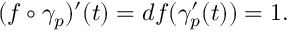
\begin{array} { r } { ( f \circ \gamma _ { p } ) ^ { \prime } ( t ) = d f ( \gamma _ { p } ^ { \prime } ( t ) ) = 1 . } \end{array}